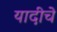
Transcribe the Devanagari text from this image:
यादीचे